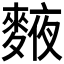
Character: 𪍅